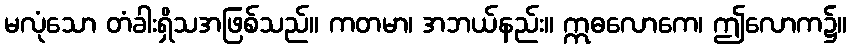
မလုံသော တံခါးရှိသအဖြစ်သည်။ ကတမာ၊ အဘယ်နည်း။ ဣဓလောကေ၊ ဤလောက၌။